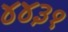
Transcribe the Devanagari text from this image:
४४३१